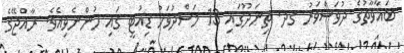
ބަޣާވާތުގެ ދުވަސްވަރު ގދ. ތިނަދޫގައި 13 މަސްދުވަހު ޑިއުޓީ ގައި ހުންނެވިއެވެ. ރާއްޖޭގެ